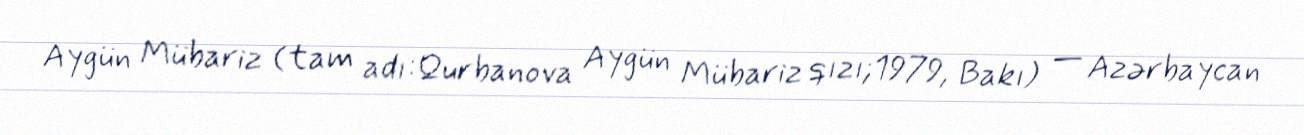
Aygün Mübariz (tam adı:Qurbanova Aygün Mübariz qızı;1979, Bakı) — Azərbaycan